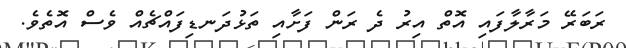
ރަބަރޭ މަރާލާފައި އޮތް އިރު ދެ ރަން ފަށާއި ތަޅުދަނޑިފައްޗެއް ވެސް އޮތެވެ.